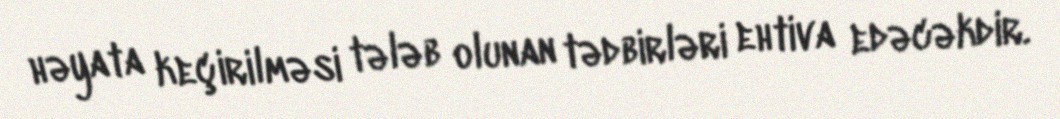
həyata keçirilməsi tələb olunan tədbirləri ehtiva edəcəkdir.